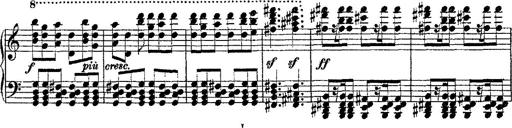
Title: Fantaisie romantique sur deux mÃ©lodies suisses
Composer: Franz Liszt